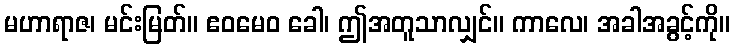
မဟာရာဇ၊ မင်းမြတ်။ ဧဝမေဝ ခေါ၊ ဤအတူသာလျှင်။ ကာလေ၊ အခါအခွင့်ကို။